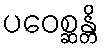
ပဝေစ္ဆန္တိ